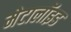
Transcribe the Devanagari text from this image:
मेटालॉइड